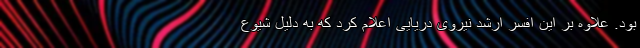
بود. علاوه بر این افسر ارشد نیروی دریایی اعلام کرد که به دلیل شیوع